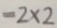
= 2 \times 2